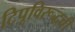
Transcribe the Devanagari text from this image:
टिपूविरूद्धची